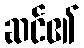
ဆင်၏